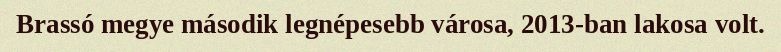
Brassó megye második legnépesebb városa, 2013-ban lakosa volt.